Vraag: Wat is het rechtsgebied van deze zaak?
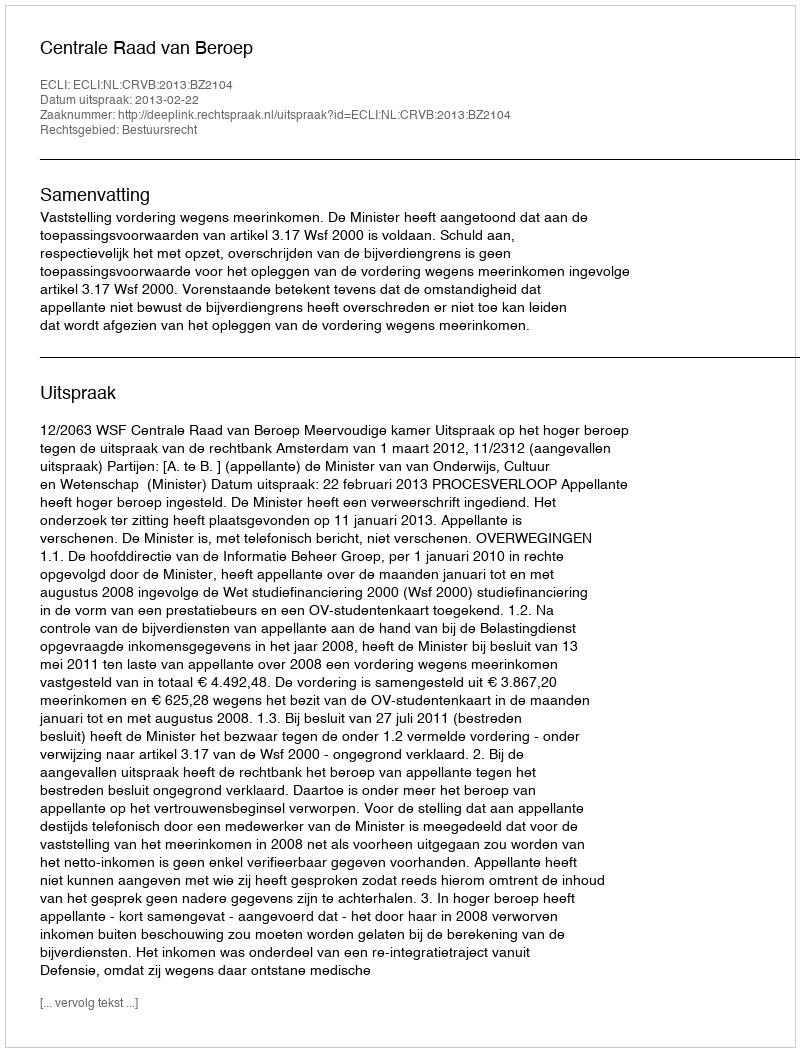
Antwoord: Bestuursrecht